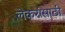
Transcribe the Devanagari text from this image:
लेकरांसाठी